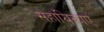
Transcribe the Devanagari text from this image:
सहायिकाएं